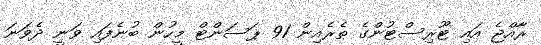
ރާއްޖެ އައި ޓޫރިސްޓުންގެ ތެރެއިން 91 ޕަސަންޓް މީހުން ބުނެފައި ވަނީ ދެވަނަ